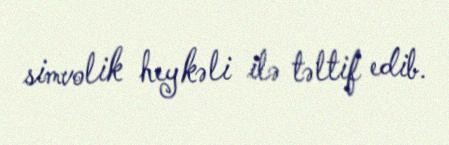
simvolik heykəli ilə təltif edib.